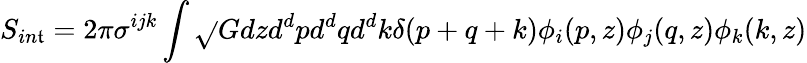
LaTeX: S_{in\mathfrak{t}}=2\pi\sigma^{ijk}\int\sqrt{}{{G}}dzd^{d}pd^{d}qd^{d}k\delta(p+q+k)\phi_{i}(p,z)\phi_{j}(q,z)\phi_{k}(k,z)